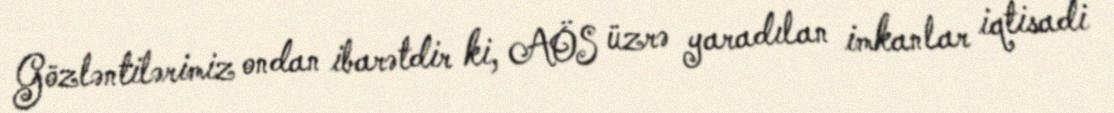
Gözləntilərimiz ondan ibarətdir ki, AÖS üzrə yaradılan imkanlar iqtisadi